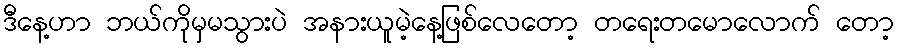
ဒီနေ့ဟာ ဘယ်ကိုမှမသွားပဲ အနားယူမဲ့နေ့ဖြစ်လေတော့ တရေးတမောလောက် တော့